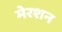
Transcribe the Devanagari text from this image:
मेरशन